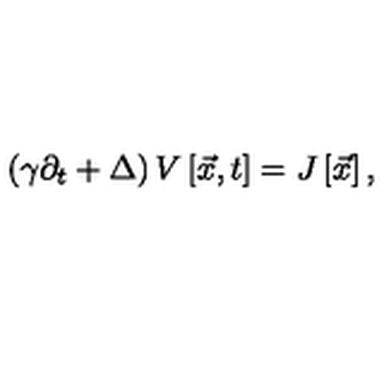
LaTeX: \left( \gamma \partial _ { t } + \Delta \right) V \left[ \vec { x } { } , t \right] = J \left[ { \vec { x } } { } \right] ,